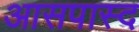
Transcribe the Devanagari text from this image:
आसपास्द